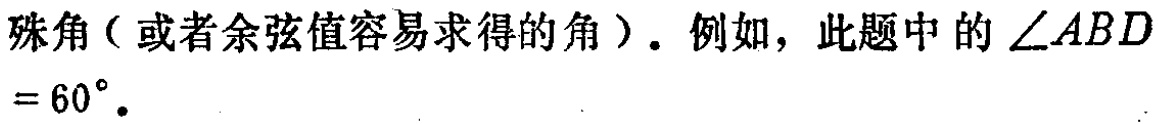
殊角（或者余弦值容易求得的角）. 例如，此题中的$\angle ABD = 60^{\circ}$.